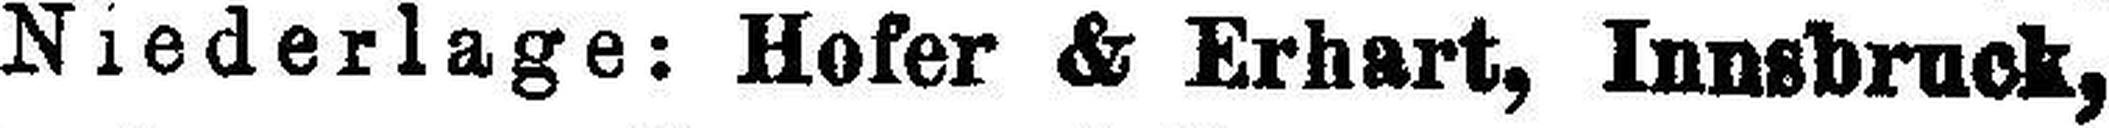
Niederlage: Hofer & Erhart, Innsbruck,